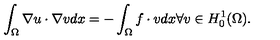
\int _ { \Omega } \nabla u \cdot \nabla v d x = - \int _ { \Omega } f \cdot v d x \forall v \in H _ { 0 } ^ { 1 } ( \Omega ) .